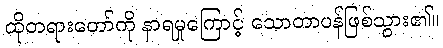
ထိုတရားတော်ကို နာရမှုကြောင့် သောတာပန်ဖြစ်သွား၏။